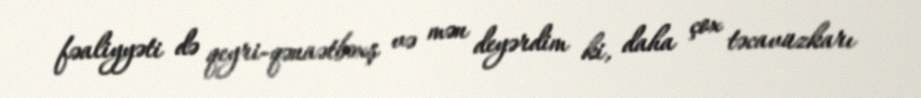
fəaliyyəti də qeyri-qənaətbəxş və mən deyərdim ki, daha çox təcavüzkarı